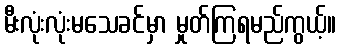
မီးလုံးလုံးမသေခင်မှာ မှုတ်ကြရမည်ကွယ့်။